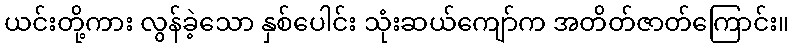
ယင်းတို့ကား လွန်ခဲ့သော နှစ်ပေါင်း သုံးဆယ်ကျော်က အတိတ်ဇာတ်ကြောင်း။